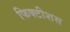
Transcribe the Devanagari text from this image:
फिक्टीशस